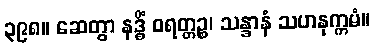
၃၉၈။ ဆေတွာ နဒ္ဓိံ ဝရတ္တဉ္စ၊ သန္ဒာနံ သဟနုက္ကမံ။